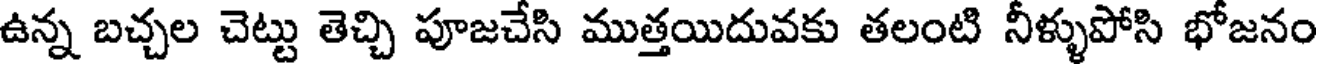
ఉన్న బచ్చల చెట్టు తెచ్చి పూజచేసి ముత్తయిదువకు తలంటి నీళ్ళుపోసి భోజనం